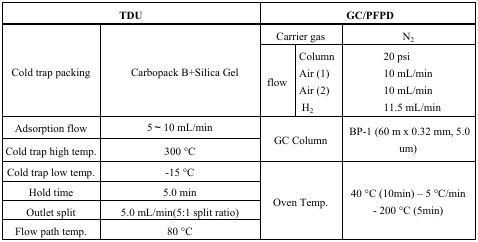
<table><thead><tr><td colspan="2"><b>TDU</b></td><td colspan="3"><b>GC/PFPD</b></td></tr></thead><tbody><tr><td rowspan="5">Cold trap packing</td><td rowspan="5">Carbopack B+Silica Gel</td><td colspan="2">Carrier gas</td><td>N<sub>2</sub></td></tr><tr><td rowspan="4">flow</td><td>Column</td><td>20 psi</td></tr><tr><td>Air (1)</td><td>10 mL/min</td></tr><tr><td>Air (2)</td><td>10 mL/min</td></tr><tr><td>H<sub>2</sub></td><td>11.5 mL/min</td></tr><tr><td>Adsorption flow</td><td>5∼10 mL/min</td><td rowspan="2" colspan="2">GC Column</td><td rowspan="2">BP-1 (60 m × 0.32 mm, 5.0 um)</td></tr><tr><td>Cold trap high temp.</td><td>300 °C</td></tr><tr><td>Cold trap low temp.</td><td>-15 °C</td><td rowspan="4" colspan="2">Oven Temp.</td><td rowspan="2">40 °C (10min) − 5 °C/min</td></tr><tr><td>Hold time</td><td>5.0 min</td></tr><tr><td>Outlet split</td><td>5.0 mL/min(5:1 split ratio)</td><td rowspan="2">- 200 °C (5min)</td></tr><tr><td>Flow path temp.</td><td>80 °C</td></tr></tbody></table>